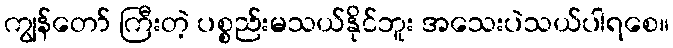
ကျွန်တော် ကြီးတဲ့ ပစ္စည်းမသယ်နိုင်ဘူး အသေးပဲသယ်ပါရစေ။